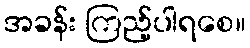
အခန်း ကြည့်ပါရစေ။